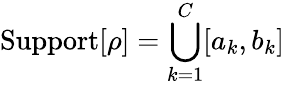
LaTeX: \mathrm{Support}[\rho]=\bigcup_{k=1}^{C}[a_{k},b_{k}]